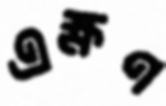
এক্ষণ